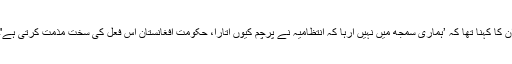
ان کا کہنا تھا کہ ’ہماری سمجھ میں نہیں آرہا کہ انتظامیہ نے پرچم کیوں اتارا، حکومت افغانستان اس فعل کی سخت مذمت کرتی ہے'۔